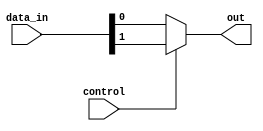
module mux_2to1 (
    input [1:0] data_in,
    input control,
    output reg out
);

always @(*)
begin
    if(control == 0)
        out = data_in[0];
    else
        out = data_in[1];
end

endmodule